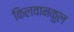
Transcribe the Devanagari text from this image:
किलवानकुल